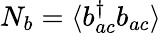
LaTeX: N_{b}=\langle b_{ac}^{\dagger}b_{ac}\rangle